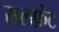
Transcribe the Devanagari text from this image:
सलफ़ेट